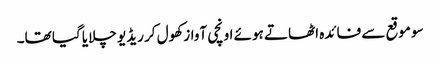
سو موقع سے فائدہ اٹھاتے ہوئے اونچی آواز کھول کر ریڈیو چلایا گیا تھا۔